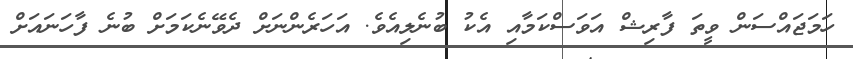
ހަމަޖައްސަން ވީތަ ފާރިޝް އަވަސްކަމާއި އެކު ބުނެލިއެވެ. އަހަރެންނަށް ދެވޭނެކަމަށް ބުނެ ފާހަނައަށް